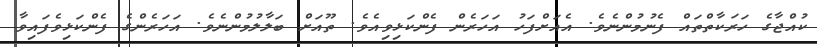
ކުއްޖާގެ ހަރަކާތްތައް ފެނުމުންނެވެ. އެއަށްފަހު އަހަރެން ފެންކަޅިވިއެވެ. ތޫއަށް ބަލާލުމުންނެވެ. އަހަރެންގެ ފެންކަޅިވެފައިވާ